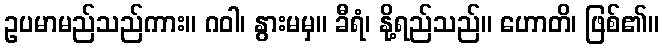
ဥပမာမည်သည်ကား။ ဂဝါ၊ နွားမမှ။ ခီရံ၊ နို့ရည်သည်။ ဟောတိ၊ ဖြစ်၏။